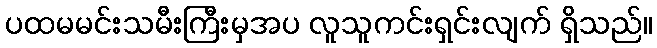
ပထမမင်းသမီးကြီးမှအပ လူသူကင်းရှင်းလျက် ရှိသည်။